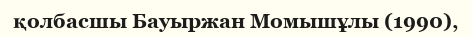
қолбасшы Бауыржан Момышұлы (1990),